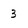
Character: 3